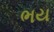
ભય